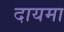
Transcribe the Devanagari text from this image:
दायमा